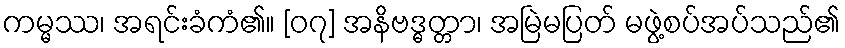
ကမ္မဿ၊ အရင်းခံကံ၏။ [၀၇] အနိဗဒ္ဓတ္တာ၊ အမြဲမပြတ် မဖွဲ့စပ်အပ်သည်၏